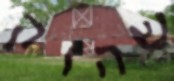
שהוק